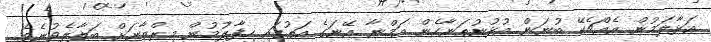
އަޅާލަމުން އެއްޗެކޭ ބުނަން އުޅުނުތަނާހެން އަމްނާ އޭނަގެ އަތުގައި ހިފާލުމުން މިރްޒާނަށް ބަލާލެވުނެވެ.